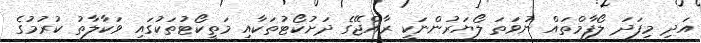
އަދި މިފަދަ ލޯފާމްތައް ނުވަތަ ލޯޔަރުންނަކީ ރާއްޖޭގެ ދަށުކޯޓުތަކާއި މަތީކޯޓުތަކުގައި ވަކާލާތު ކުރުމުގެ